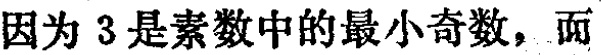
因为3是素数中的最小奇数，而